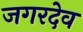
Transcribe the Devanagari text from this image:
जगरदेव